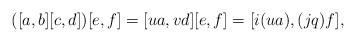
LaTeX: \begin{align*} ([a,b][c,d])[e,f] = [ua,vd][e,f] = [i(ua),(jq)f],\end{align*}